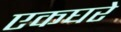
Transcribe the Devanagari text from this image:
एकघरे